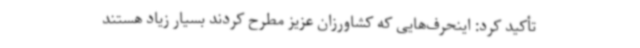
تأکید کرد: اینحرف‌هایی که کشاورزان عزیز مطرح کردند بسیار زیاد هستند